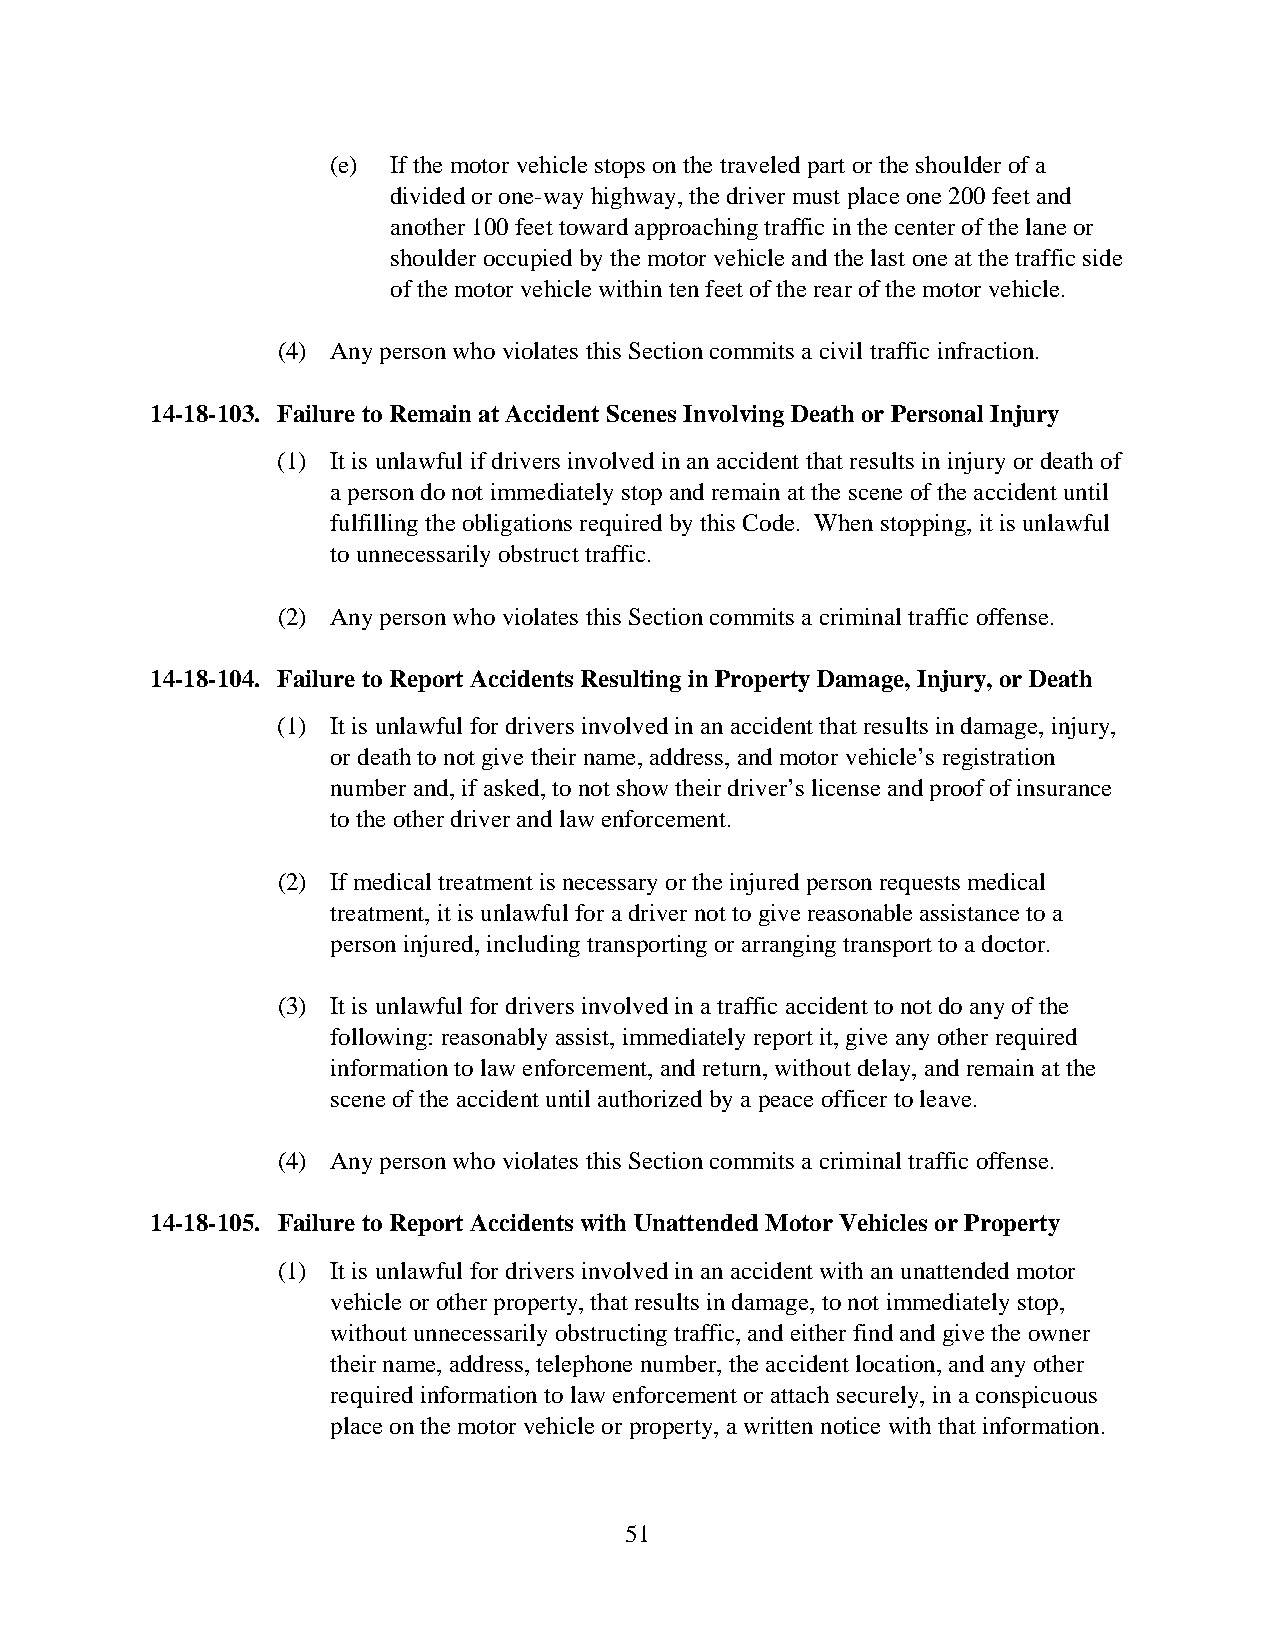
(e) If the motor vehicle stops on the traveled part or the shoulder of a
 divided or one-way highway, the driver must place one 200 feet and
 another 100 feet toward approaching traffic in the center of the lane or
 shoulder occupied by the motor vehicle and the last one at the traffic side
 of the motor vehicle within ten feet of the rear of the motor vehicle.
 (4) Any person who violates this Section commits a civil traffic infraction.
 14-18-103. Failure to Remain at Accident Scenes Involving Death or Personal Injury
 (1) It is unlawful if drivers involved in an accident that results in injury or death of
 a person do not immediately stop and remain at the scene of the accident until
 fulfilling the obligations required by this Code. When stopping, it is unlawful
 to unnecessarily obstruct traffic.
 (2) Any person who violates this Section commits a criminal traffic offense.
 14-18-104. Failure to Report Accidents Resulting in Property Damage, Injury, or Death
 (1) It is unlawful for drivers involved in an accident that results in damage, injury,
 or death to not give their name, address, and motor vehicle’s registration
 number and, if asked, to not show their driver’s license and proof of insurance
 to the other driver and law enforcement.
 (2) If medical treatment is necessary or the injured person requests medical
 treatment, it is unlawful for a driver not to give reasonable assistance to a
 person injured, including transporting or arranging transport to a doctor.
 (3) It is unlawful for drivers involved in a traffic accident to not do any of the
 following: reasonably assist, immediately report it, give any other required
 information to law enforcement, and return, without delay, and remain at the
 scene of the accident until authorized by a peace officer to leave.
 (4) Any person who violates this Section commits a criminal traffic offense.
 14-18-105. Failure to Report Accidents with Unattended Motor Vehicles or Property
 (1) It is unlawful for drivers involved in an accident with an unattended motor
 vehicle or other property, that results in damage, to not immediately stop,
 without unnecessarily obstructing traffic, and either find and give the owner
 their name, address, telephone number, the accident location, and any other
 required information to law enforcement or attach securely, in a conspicuous
 place on the motor vehicle or property, a written notice with that information.
 51